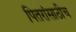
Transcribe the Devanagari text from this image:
पितरांसाठीच